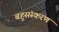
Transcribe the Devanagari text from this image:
बहुसंस्करण